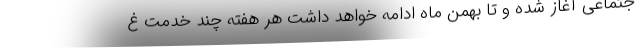
جتماعی آغاز شده و تا بهمن ماه ادامه خواهد داشت هر هفته چند خدمت غ